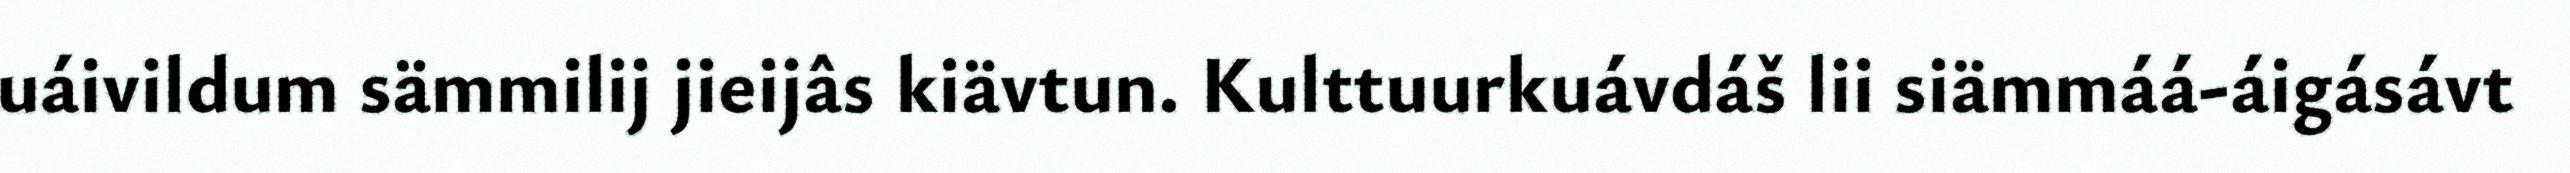
uáivildum sämmilij jieijâs kiävtun. Kulttuurkuávdáš lii siämmáá-áigásávt